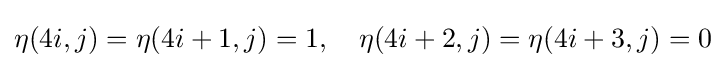
\eta (4i,j)=\eta (4i+1,j)=1,\quad \eta (4i+2,j)=\eta (4i+3,j)=0